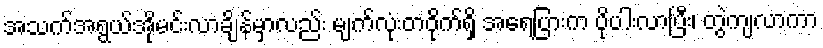
အသက်အရွယ်အိုမင်းလာချိန်မှာလည်း မျက်လုံးတဝိုက်ရှိ အရေပြားက ပိုပါးလာပြီး၊ တွဲကျလာကာ